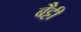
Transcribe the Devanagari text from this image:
बैट्टी